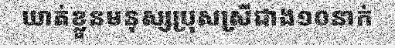
ឃាត់ខ្លួនមនុស្សប្រុសស្រីជាង១០នាក់